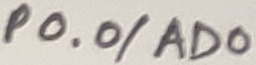
Text: P0.0/AD0